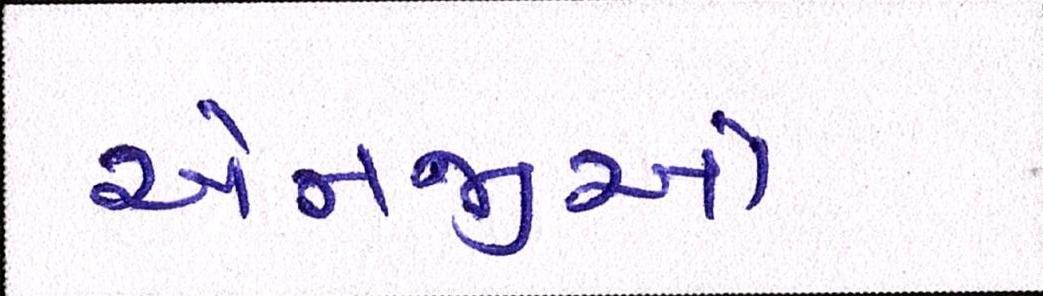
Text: એનજીઓ